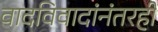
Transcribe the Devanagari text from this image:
वादविवादांनंतरही